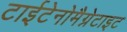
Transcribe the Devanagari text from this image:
टाईटेनोमैग्नेटाइट